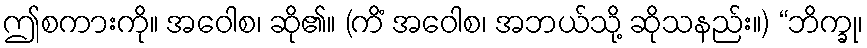
ဤစကားကို။ အဝေါစ၊ ဆို၏။ (ကိံ အဝေါစ၊ အဘယ်သို့ ဆိုသနည်း။) “ဘိက္ခု၊